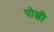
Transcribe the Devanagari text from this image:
पोल्बी